Indian journal of veterinary science and animal husbandry - Volume 14,
Year: 1944
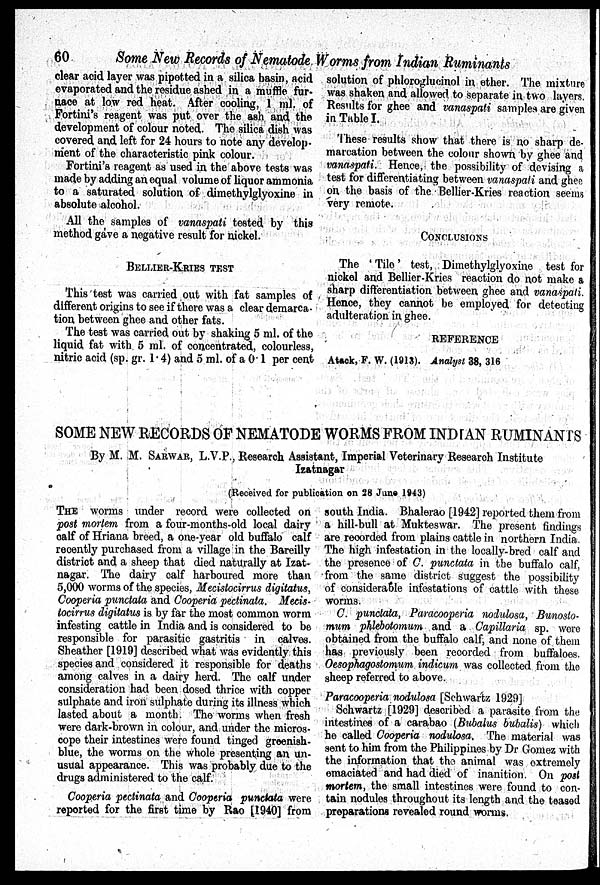
60
Some New Records of Nematode Worms from Indian Ruminants
clear acid layer was pipetted in a silica basin, acid
evaporated and the residue ashed in a muffle fur-
nace at low red heat. After cooling, 1 ml. of
Fortini's reagent was put over the ash and the
development of colour noted. The silica dish was
covered and left for 24 hours to note any develop-
ment of the characteristic pink colour.
Fortini's reagent as used in the above tests was
made by adding an equal volume of liquor ammonia
to a saturated solution of dimethylglyoxine in
absolute alcohol.
All the samples of vanaspati tested by this
method gave a negative result for nickel.
BELLIER-KRIES TEST
This test was carried out with fat samples of
different origins to see if there was a clear demarca-
tion between ghee and other fats.
The test was carried out by shaking 5 ml. of the
liquid fat with 5 ml. of concentrated, colourless,
nitric acid (sp. gr. 1.4) and 5 ml. of a 0.1 per cent
solution of phloroglucinol in ether. The mixture
was shaken and allowed to separate in two layers.
Results for ghee and vanaspati samples are given
in Table I.
These results show that there is no sharp de.
marcation between the colour shown by ghee and
vanaspati. Hence, the possibility of devising a
test for differentiating between vanaspati and ghee
on the basis of the Bellier-Kries reaction seems
very remote.
CONCLUSIONS
The ' Tile' test, Dimethylglyoxine test for
nickel and Bellier-Kries reaction do not make a
sharp differentiation between ghee and vanaspati.
Hence, they cannot be employed for detecting
adulteration in ghee.
REFERENCE
Atack, F. W. (1913). Analyst 38, 316
SOME NEW RECORDS OF NEMATODE WORMS FROM INDIAN RUMINANTS
By M. M. SARWAR, L.V.P., Research Assistant, Imperial Veterinary Research Institute
Izatnagar
(Received for publication, on 28 June 1943)
THE worms under record were collected on
post mortem from a four-months-old local dairy
calf of Hriana breed, a one-year old buffalo calf
recently purchased from a village in the Bareilly
district and a sheep that died naturally at Izat-
nagar. The dairy calf harboured more than
5,000 worms of the species, Mecistocirrus digitatus,
Cooperia punctata and Cooperia pectinata. Mecis-
tocirrus digitatus is by far the most common worm
infesting cattle in India and is considered to be
responsible for parasitic gastritis in calves.
Sheather [1919] described what was evidently this
species and considered it responsible for deaths
among calves in a dairy herd. The calf under
consideration had been dosed thrice with copper
sulphate and iron sulphate during its illness which
lasted about a month. The worms when fresh
were dark-brown in colour, and under the micros-
cope their intestines were found tinged greenish-
blue, the worms on the whole presenting an un-
usual appearance. This was probably due to the
drugs administered to the calf.
Cooperia pectinata and Cooperia punctata were
reported for the first time by Rao [1940] from
south India. Bhalerao [1942] reported them from
a hill-bull at Mukteswar. The present findings
are recorded from plains cattle in northern India.
The high infestation in the locally-bred calf and
the presence of C. punctata in the buffalo calf,
from the same district suggest the possibility
of considerable infestations of cattle with these
worms.
C. punctata, Paracooperia nodulosa, Bunosto-
mum phlebotomum and a Capillaria sp. were
obtained from the buffalo calf, and none of them
has previously been recorded from buffaloes.
Oesophagostomum indicum was collected from the
sheep referred to above.
Paracooperia nodulosa [Schwartz 1929]
Schwartz [1929] described a parasite from the
intestines of a carabao (Bubalus bubalis) which
he called Cooperia nodulosa. The material was
sent to him from the Philippines by Dr Gomez with
the information that the animal was extremely
emaciated and had died of inanition. On post
mortem, the small intestines were found to con-
tain nodules throughout its length and the teased
preparations revealed round worms.